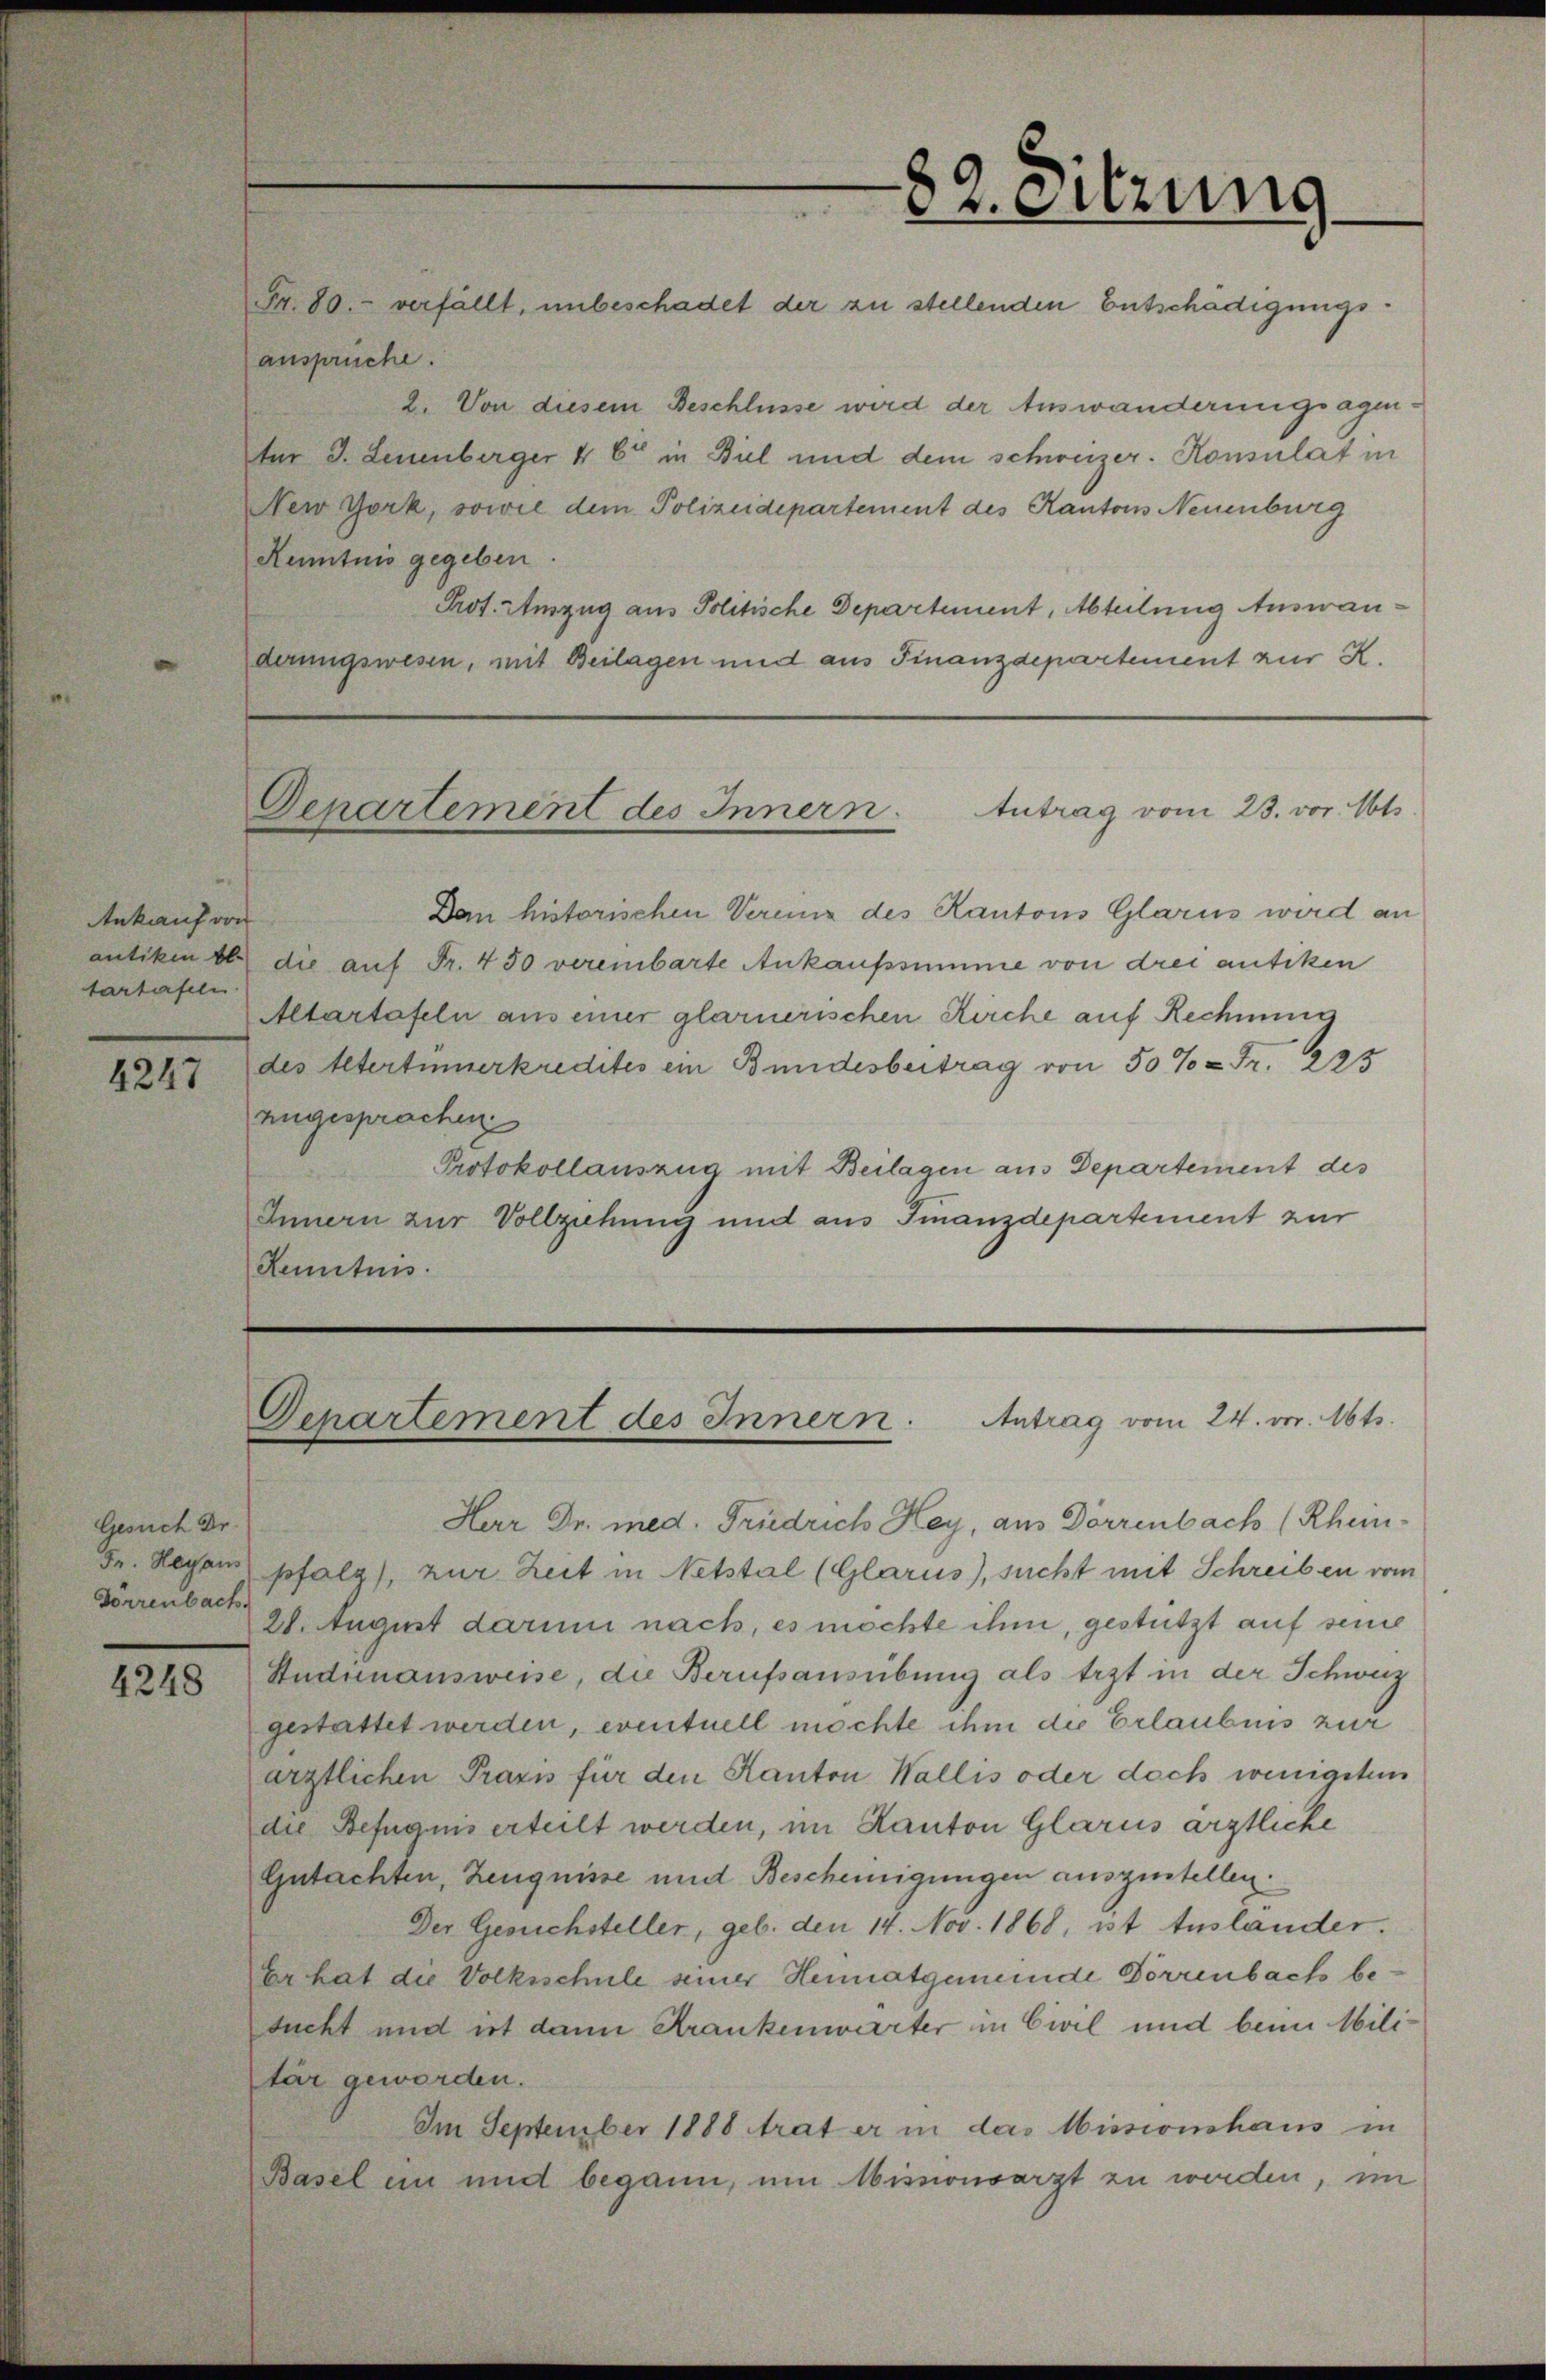
Ankauf von
antiken bl
tartafeln

4247

Gesuch Dr.
Dörrenbach.

4248

Fr. 80. verfällt, unbeschadet der zu stellenden Entschädigungsansprüche.
tür J. Leuenberger 4 65 in Biel und dem schweizer. Konsulat in
New York, sowie dem Polizeidepartement des Kantons Neuenburg
Kenntnis gegeben.
derungswesen, mit Beilagen und aus Finanzdepartement zur K.

2. Von diesem Beschlüsse wird der Auswanderungsagen¬
Prot. Auszug aus Politische Departement, Abteilung Auswan¬
Departement des Innern. Antrag vom 23. vor. Mts.
Dan historischen Vereine des Kantons Glarus wird an
die auf Fr. 450 vereinbarte Ankaufssumme von drei antiken
Altartafeln aus einer glarnerischen Kirche auf Rechnung
des Altertümerkredites ein Bundesbeitrag von 50% = Fr. 295
angesprachen
Protokollauszug mit Beilagen aus Departement des
Innern zur Vollziehung und aus Finanzdepartement zur
Kenntnis.

Herr Dr. med. Friedrich Hey, aus Dörrenbach (Rhein-
r. Regen pfalz), zur Zeit in Netstal (Glarus), sucht mit Schreiben vom
28. August darum nach, es möchte ihm, gestützt auf seine
Studinausweise, die Berufsausübung als trzt in der Schweiz
gestattet werden, eventuell möchte ihm die Erlaubnis zur
ärztlichen Praxis für den Kanton Wallis oder doch wenigstem
die Befugnis erteilt werden, im Kanton Glarus ärztliche
Gutachten, Zeugnisse und Bescheinigungen auszustellen.
Der Gesuchsteller, geb. den 14. Nov. 1868, ist Ausländer.
Er hat die Volksschule seiner Heimatgemeinde Dörrenbach besucht und ist dann Krankenwärter in Civil und beim Militär geworden.
Im September 1888 trat er in das Missionshaus in
Basel ein und begann, um Missionsarzt zu werden, im

82. eitzung

Departement des Innern. Antrag vom 24. vor. Mts.